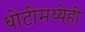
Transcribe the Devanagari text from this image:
धोटीमध्येही